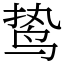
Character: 鸷